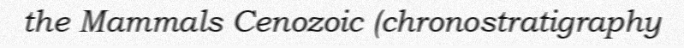
the Mammals Cenozoic (chronostratigraphy